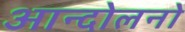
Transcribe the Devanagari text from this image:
आन्दोलनो